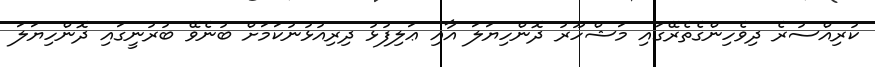
ކުރިއްސުރެ ދިވެހިންގެތެރޭގައި މަޝްހޫރު ދޮންހިޔަލަ އާއި ޢަލިފުޅު ދިރިއުޅުނުކަމަށް ބުނެވޭ ބުރުނީގައި ދޮންހިޔަލަ